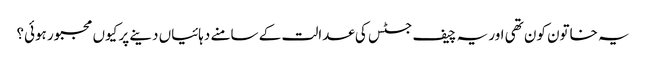
یہ خاتون کون تھی اور یہ چیف جسٹس کی عدالت کے سامنے دہائیاں دینے پر کیوں مجبور ہوئی؟